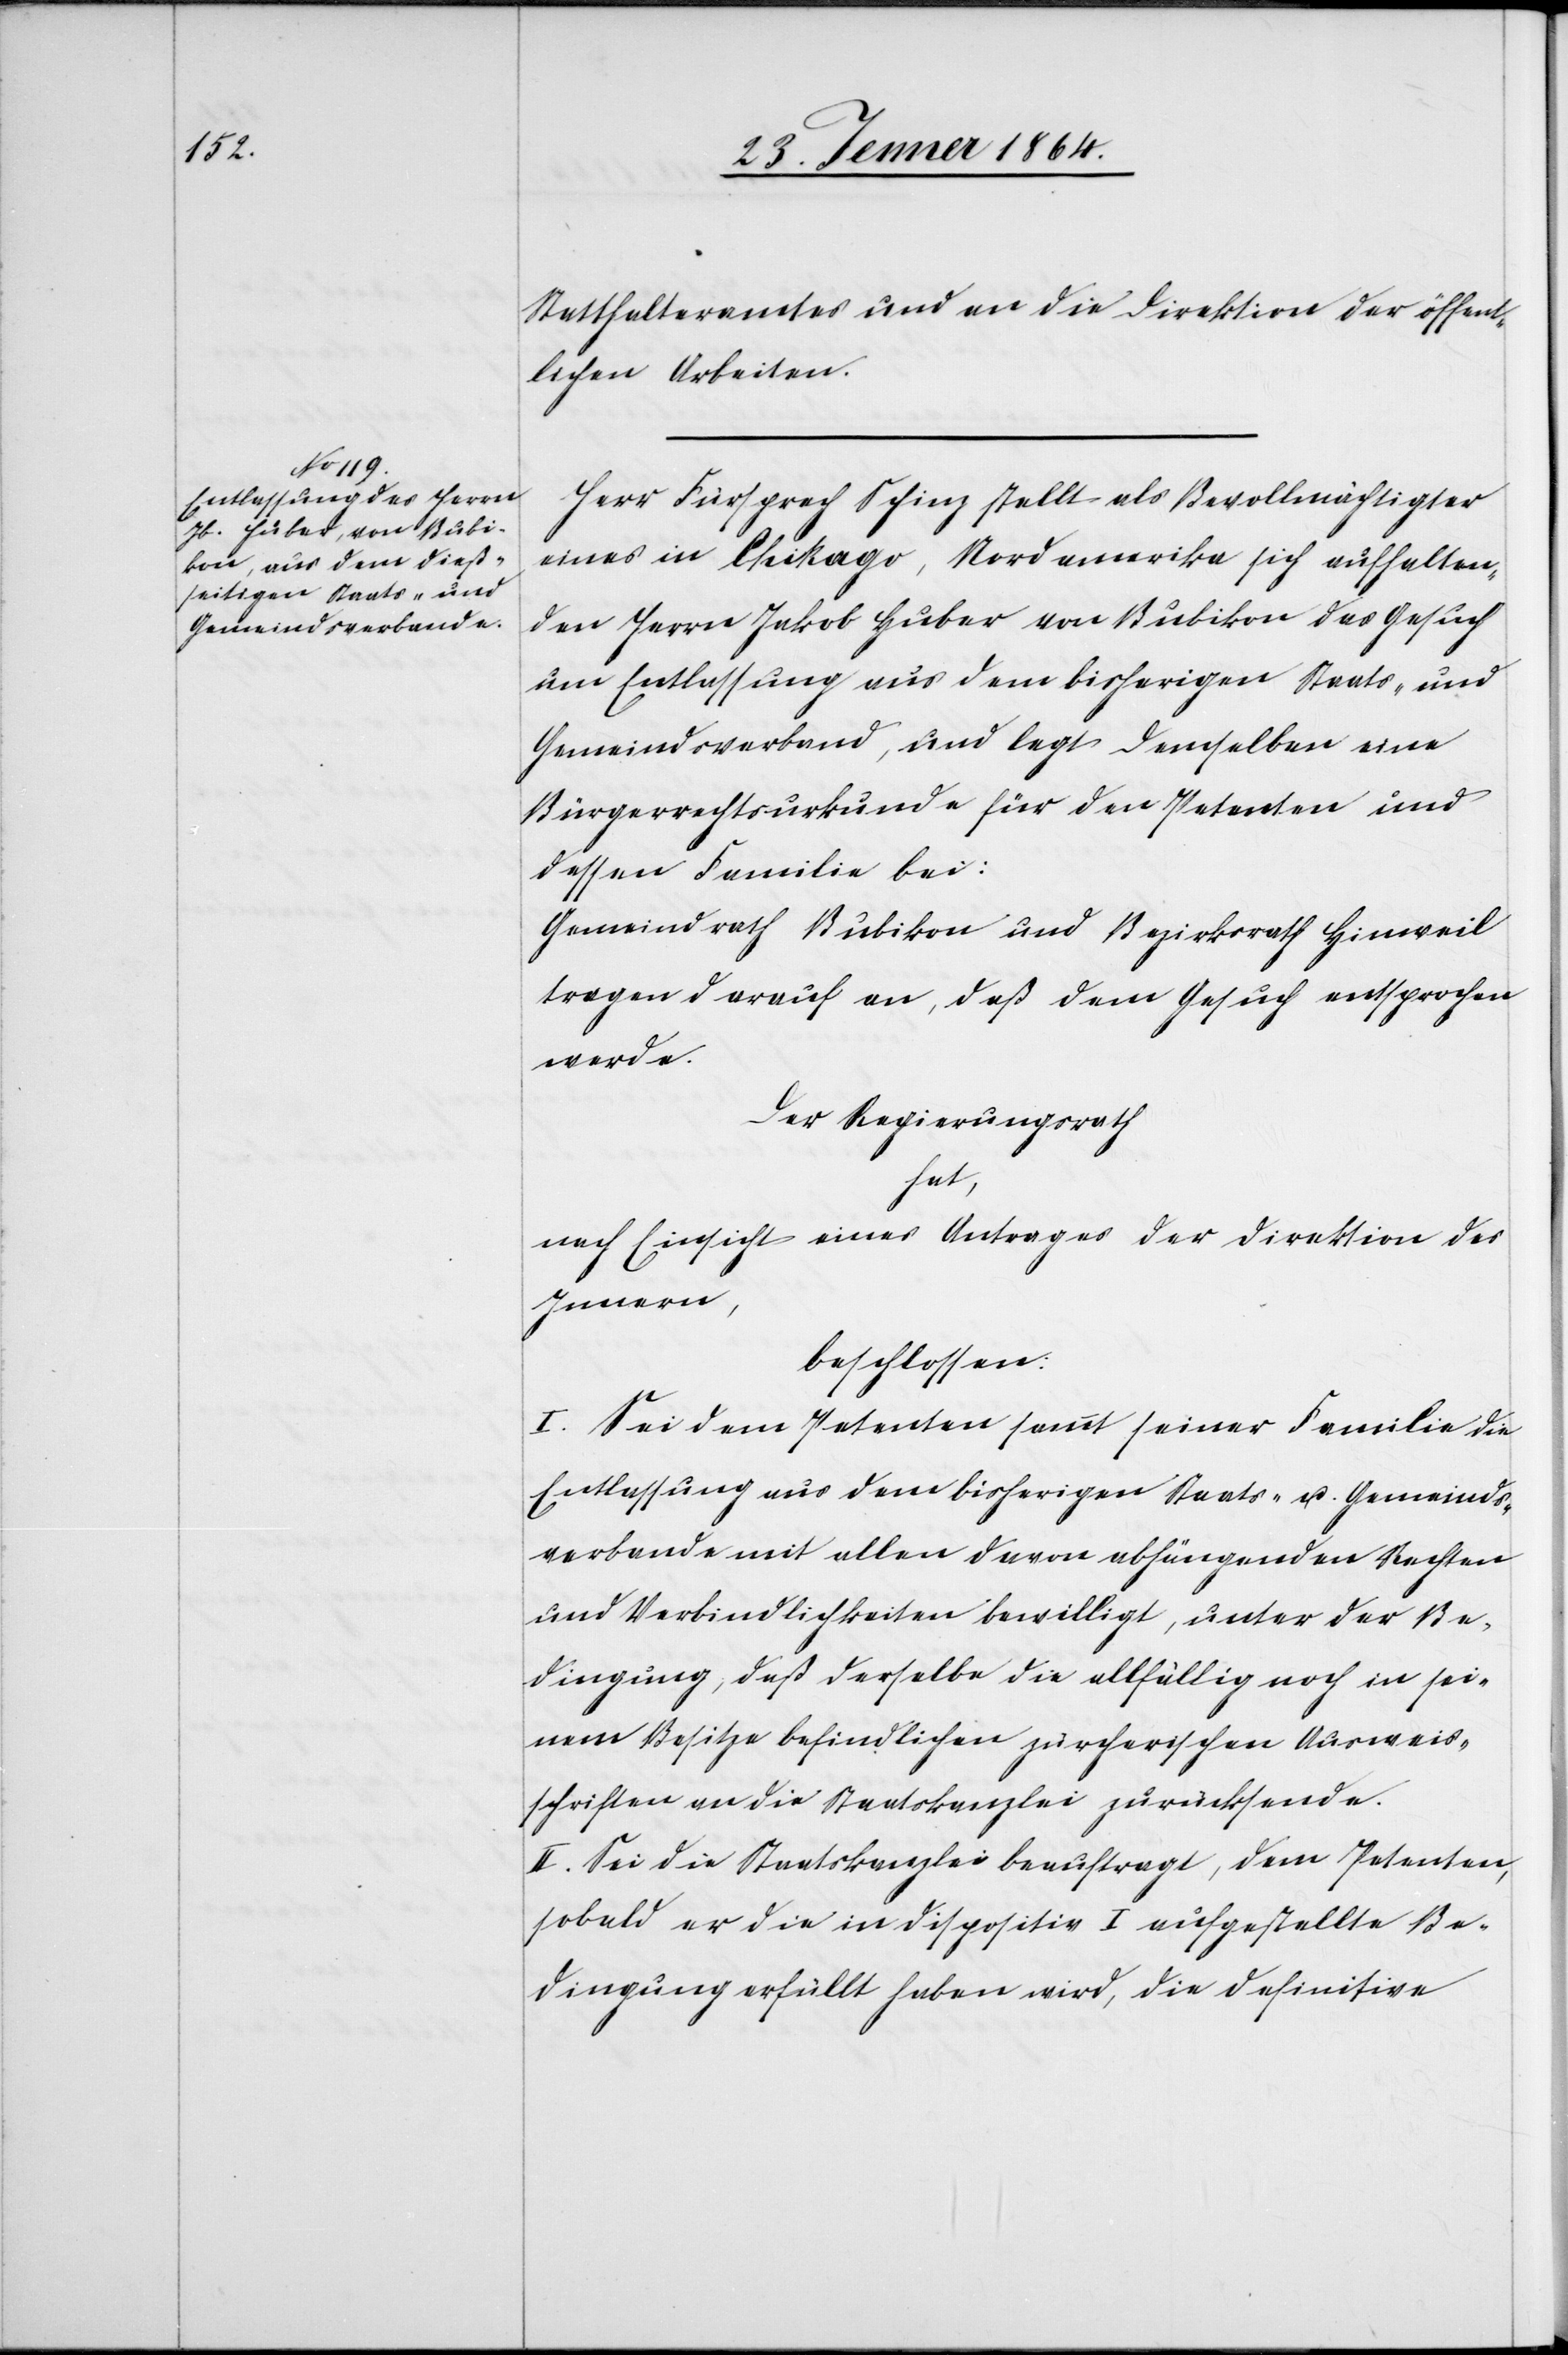
Statthalteramtes und an die Direktion der öffent¬
lichen Arbeiten.
Herr Fürsprech Schinz stellt als Bevollmächtigter
eines in Chikago, Nordamerika sich aufhalten¬
den Herrn Jakob Huber von Bubikon das Gesuch
um Entlassung aus dem bisherigen Staats- und
Gemeindsverband, und legt demselben eine
Bürgerrechtsurkunde für den Petenten und
dessen Familie bei:
Gemeindrath Bubikon und Bezirksrath Hinweil
tragen darauf an, daß dem Gesuch entsprochen
werde.
Der Regierungsrath
hat,
nach Einsicht eines Antrages der Direktion des
Innern,
beschlossen:
I. Sei dem Petenten sammt seiner Familie die
Entlassung aus dem bisherigen Staats- u. Gemeinds¬
verbande mit allen davon abhängenden Rechten
und Verbindlichkeiten bewilligt, unter der Be¬
dingung, daß derselbe die allfällig noch in sei¬
nem Besitze befindlichen zürcherischen Ausweis¬
schriften an die Staatskanzlei zurücksende.
II. Sei die Staatskanzlei beauftragt, dem Petenten,
sobald er die in Disposition I aufgestellte Be¬
dingung erfüllt haben wird, die definitive